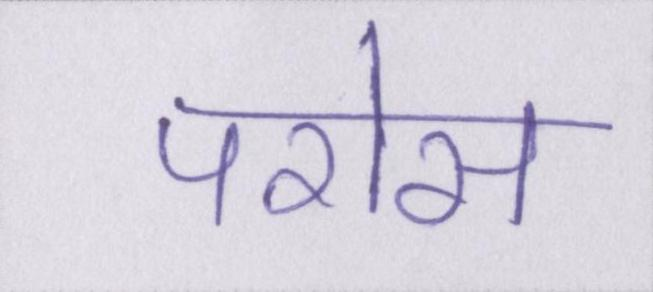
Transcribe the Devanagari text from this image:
परोस